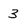
Character: 3